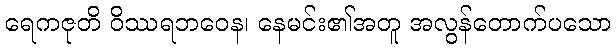
ရေကဇုတိ ဝိဿရဘဝေန၊ နေမင်း၏အတူ အလွန်တောက်ပသော